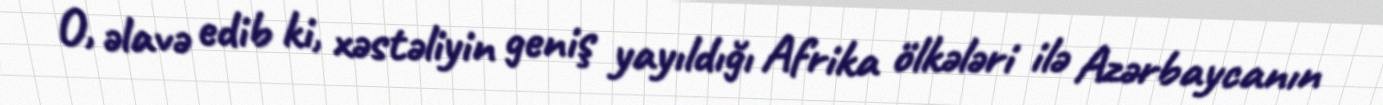
O, əlavə edib ki, xəstəliyin geniş yayıldığı Afrika ölkələri ilə Azərbaycanın